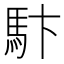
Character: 𩡼